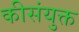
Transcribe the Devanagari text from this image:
कीसंयुक्त